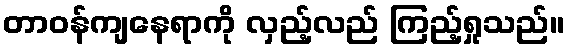
တာဝန်ကျနေရာကို လှည့်လည် ကြည့်ရှုသည်။